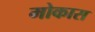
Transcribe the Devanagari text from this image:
मोकास